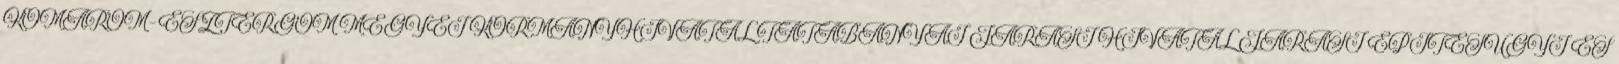
KOMÁROM-ESZTERGOM MEGYEI KORMÁNYHIVATAL TATABÁNYAI JÁRÁSI HIVATAL JÁRÁSI ÉPÍTÉSÜGYI ÉS